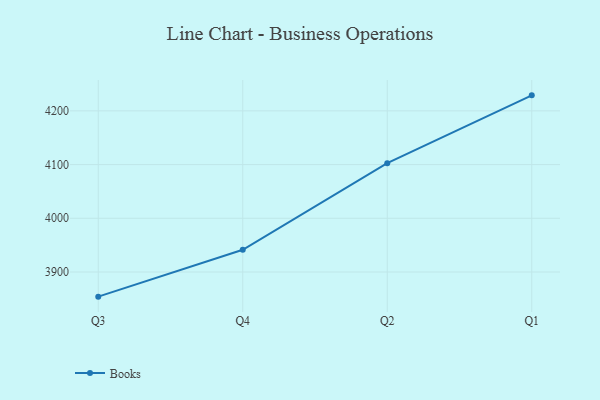
{"axis": {"x": "Quarter", "y": "Latency (ms)"}, "legend": ["Books"], "data": [{"x": "Q3", "y": 3854.1, "type": "Books"}, {"x": "Q4", "y": 3941.3, "type": "Books"}, {"x": "Q2", "y": 4102.7, "type": "Books"}, {"x": "Q1", "y": 4228.9, "type": "Books"}]}